Scientific memoirs by medical officers of the Army of India - Part IX,
Year: 1895
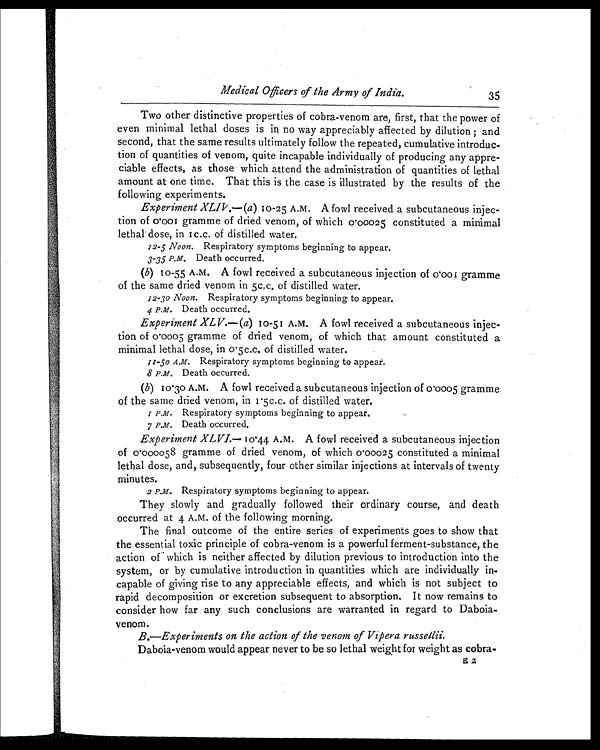
12-5 Noon.
3-35 P.M.
12-30 Noon.
4 P.M
1 P . M .
7 P.M
Medical Officers of the Army of India.
35
Two other distinctive properties of cobra-venom are, first, that the power of
even minimal lethal doses is in no way appreciably affected by dilution ; and
second, that the same results ultimately follow the repeated, cumulative introduc-
tion of quantities of venom, quite incapable individually of producing any appre-
ciable effects, as those which attend the administration of quantities of lethal
amount at one time. That this is the case is illustrated by the results of the
following experiments.
Experiment XLIV.—(a) 10-25 A.M. A fowl received a subcutaneous injec-
tion of 0.001 gramme of dried venom, of which 0.00025 constituted a minimal
lethal dose, in 1c.c. of distilled water.
Respiratory symptoms beginning to appear.
Death occurred.
(b) 10-55 A.M. A fowl received a subcutaneous injection of 0.001 gramme
of the same dried venom in 5c.c. of distilled water.
Respiratory symptoms beginning to appear.
Death occurred.
Experiment XLV.—(a) 10-51 A.M. A fowl received a subcutaneous injec-
tion of 0.0005 gramme of dried venom, of which that amount constituted a
minimal lethal dose, in 0.5c.c. of distilled water.
Respiratory symptoms beginning to appear.
Death occurred.
(b) 10.30 A.M. A fowl received a subcutaneous injection of 0.0005 gramme
of the same dried venom, in 1.5c.c. of distilled water.
Respiratory symptoms beginning to appear.
Death occurred.
Experiment XLVI.— 10.44 A.M. A fowl received a subcutaneous injection
of 0.000058 gramme of dried venom, of which 0.00025 constituted a minimal
lethal dose, and, subsequently, four other similar injections at intervals of twenty
minutes.
Respiratory symptoms beginning to appear.
They slowly and gradually followed their ordinary course, and death
occurred at 4 A.M. of the following morning.
The final outcome of the entire series of experiments goes to show that
the essential toxic principle of cobra-venom is a powerful ferment-substance, the
action or which is neither affected by dilution previous to introduction into the
system, or by cumulative introduction in quantities which are individually in-
capable of giving rise to any appreciable effects, and which is not subject to
rapid decomposition or excretion subsequent to absorption. It now remains to
consider how far any such conclusions are warranted in regard to Daboia-
venom.
B.—Experiments on the action of the venom of Vipera russellii.
Daboia-venom would appear never to be so lethal weight for weight as cobra-
E2
11-50 A.M.
8 P.M.
2 P.M.